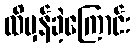
ထိမှန်ခဲ့ကြောင်း